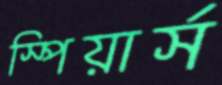
স্পিয়ার্স